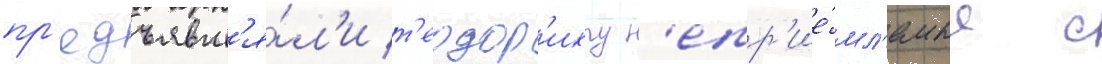
пр'едъявл'я́л'и т'еодор'иху н'епр'ие́мл'емые с